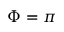
\Phi = \pi